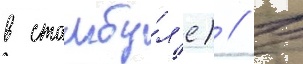
в стамбу́л'е) // В